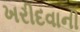
ખરીદવાની